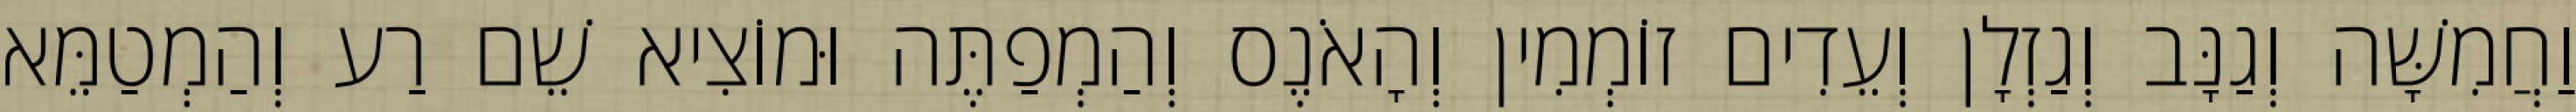
וַחֲמִשָּׁה וְגַנָּב וְגַזְלָן וְעֵדִים זוֹמְמִין וְהָאֹנֶס וְהַמְפַתֶּה וּמוֹצִיא שֵׁם רַע וְהַמְטַמֵּא